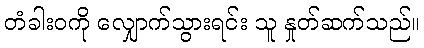
တံခါးဝကို လျှောက်သွားရင်း သူ နှုတ်ဆက်သည်။